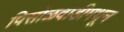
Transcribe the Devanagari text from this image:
पिसोळवाडीमधून